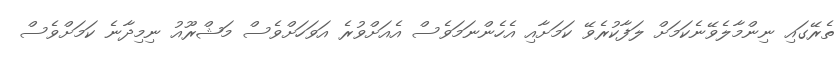
ތެރޭގައި ނިންމާލެވޭނެކަމަށް ލަފާކުރެވޭ ކަމަށާއި އެހެންނަމަވެސް އެއަށްވުރެ އަވަހަށްވެސް މަޝްރޫއު ނިމިދާނެ ކަމަށްވެސް